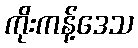
ကိုးကန့်ဒေသ